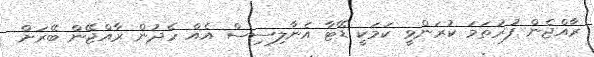
ރާއްޖެން ފުރަތަމަ ކުރަންވީ ކަމަކީ ޑޭޓާ އެނާލިސިސް އެއް ހެދުން ރާއްޖޭން ބޭރަށް